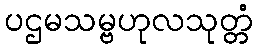
ပဌမသမ္ဗဟုလသုတ္တံ